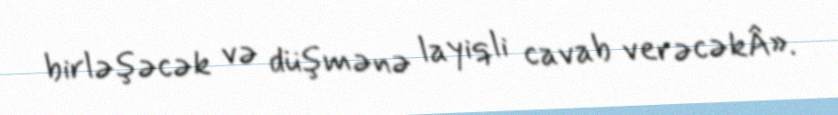
birləşəcək və düşmənə layiqli cavab verəcəkÂ».